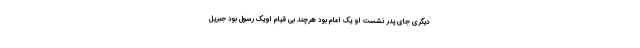
دیگری جای پدر نشست او یک امام بود هرچند بی قیام اویک رسول بود جبریل